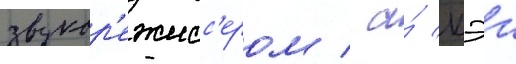
звукор'ежисс'ером / а́ кэи